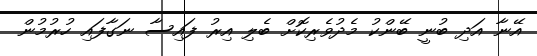
އޭނާ އަދި ބުނީ ބޭންކު މެދުވެރިކޮށް ބެލި އިރު ފައިސާ ނަގާފައި ހުރުމުން